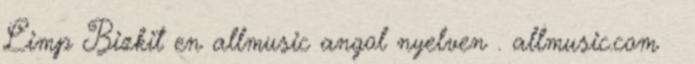
Limp Bizkit en allmusic angol nyelven . allmusic.com ↑